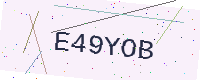
Text: E49YOB